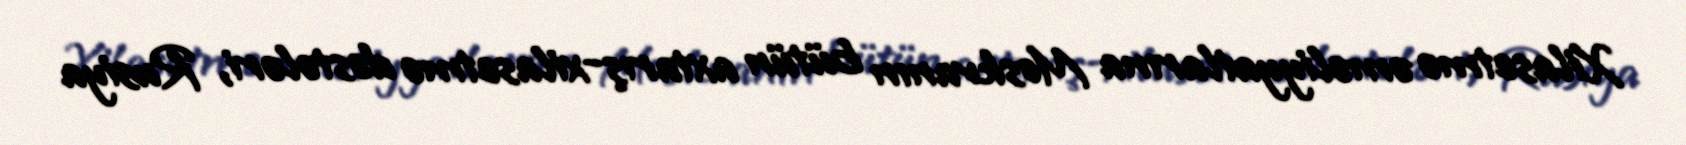
Xilasetmə əməliyyatlarına Moskvanın bütün axtarış-xilasetmə dəstələri, Rusiya